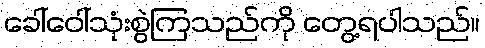
ခေါ်ဝေါ်သုံးစွဲကြသည်ကို တွေ့ရပါသည်။